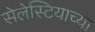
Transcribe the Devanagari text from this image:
सेलेस्टियाच्या